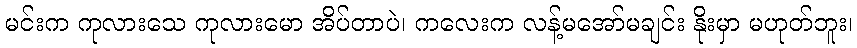
မင်းက ကုလားသေ ကုလားမော အိပ်တာပဲ၊ ကလေးက လန့်မအော်မချင်း နိုးမှာ မဟုတ်ဘူး၊